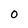
Character: O